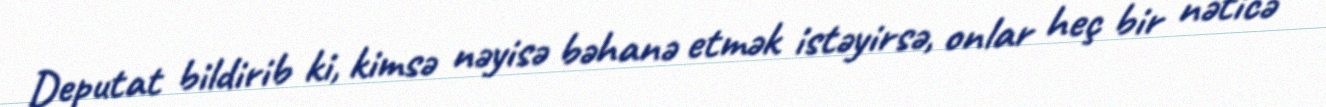
Deputat bildirib ki, kimsə nəyisə bəhanə etmək istəyirsə, onlar heç bir nəticə